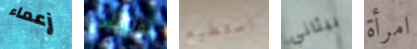
زعماء توباياس استطيع بيثاني امرأة